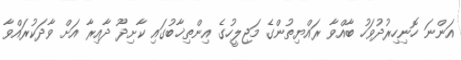
އަންނަ ހޮނިހިރުދުވަހު ބާއްވާ ރައްޔިތުންގެ މަޖިލީހުގެ އިންތިޚާބުގައި ކާށިދޫ ދާއިރާ އަށް ވާދަކުރައްވާ